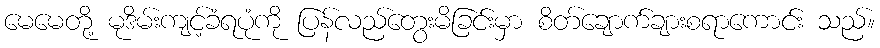
မေမေတို့ မုဒိမ်းကျင့်ခံရပုံကို ပြန်လည်တွေးမိခြင်းမှာ စိတ်ချောက်ချားစရာကောင်း သည်။